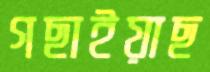
গছাইয়াছ